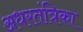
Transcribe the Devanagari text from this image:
अधरतंत्रिका